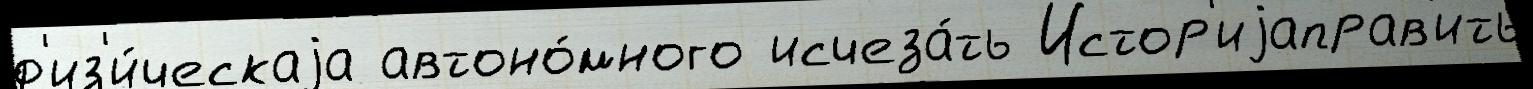
ф'из'и́ческаjа автоно́много исчеза́ть Истор'иjаправ'ить